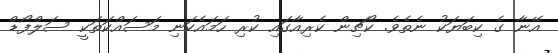
އޭނާ ގެ ކިބަޔަކު ނެތެވެ. ކޯޗިން ކެރިއާގައި ކުރި ހަމައެކަނި މަސައްކަތަކީ ސަލްފޯޑް